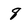
Character: 8